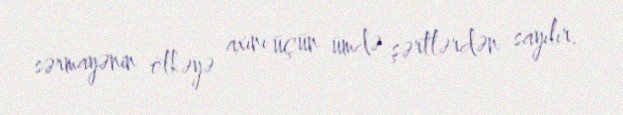
sərmayənin ölkəyə axını üçün ümdə şərtlərdən sayılır.